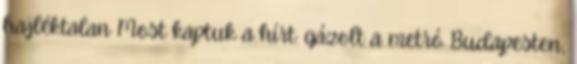
hajléktalan Most kaptuk a hírt: gázolt a metró Budapesten,